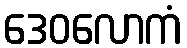
ဒေဝလောကံ